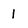
Character: I